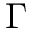
\Gamma